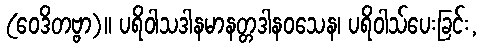
(ဝေဒိတဗ္ဗာ)။ ပရိဝါသဒါနမာနတ္တဒါနဝသေန၊ ပရိဝါသ်ပေးခြင်း,